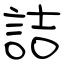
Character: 詰